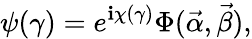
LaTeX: \psi(\gamma)=e^{\mathbf{i}\chi(\gamma)}\Phi(\vec{{\alpha}},\vec{{\beta}}),